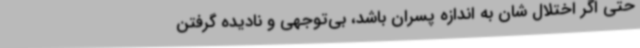
حتی اگر اختلال شان به اندازه پسران باشد، بی‌توجهی و نادیده گرفتن